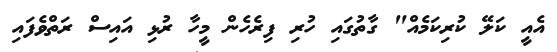
އެއީ ކަލޭ ކުރިކަމެއް" ގާތުގައި ހުރި ފިރެހެން މީހާ ރުޅި އައިސް ރަތްވެފައި